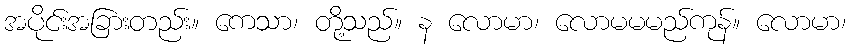
အပိုင်းအခြားတည်း။ ကေသာ၊ တို့သည်။ န လောမာ၊ လောမမမည်ကုန်။ လောမာ၊